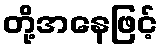
တို့အနေဖြင့်